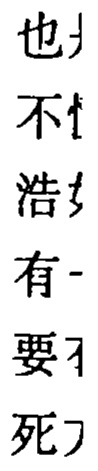
也\\
不\\
浩\\
有\\
要\\
死